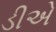
ડીએ